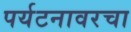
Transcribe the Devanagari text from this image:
पर्यटनावरचा